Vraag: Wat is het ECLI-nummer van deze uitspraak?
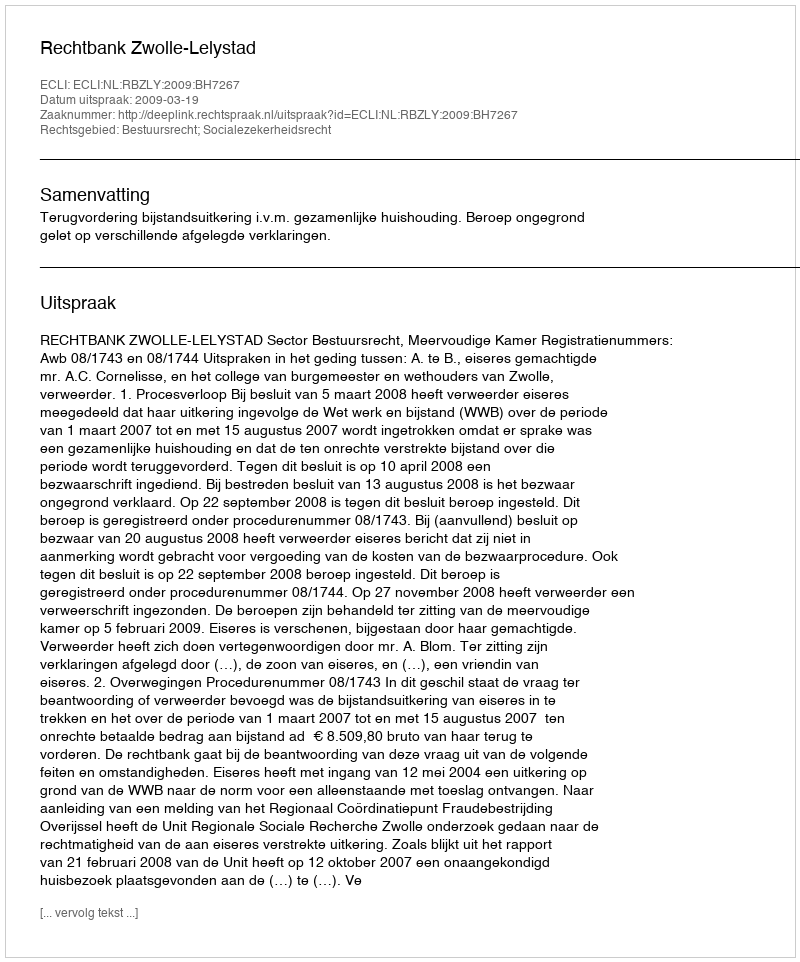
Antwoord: ECLI:NL:RBZLY:2009:BH7267